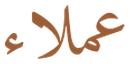
عملاء